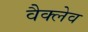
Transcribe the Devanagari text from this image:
वैक्लेव